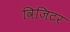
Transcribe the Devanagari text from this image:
विजिटर